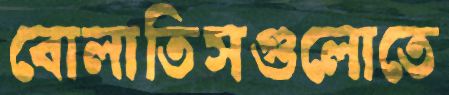
বোলাতিসগুলোতে